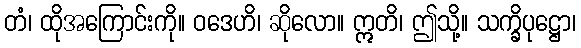
တံ၊ ထိုအကြောင်းကို။ ဝဒေဟိ၊ ဆိုလော။ ဣတိ၊ ဤသို့။ သက္ခိပုဋ္ဌော၊